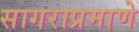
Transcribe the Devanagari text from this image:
सागराप्रमाणे